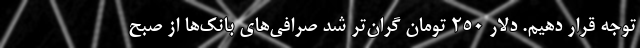
توجه قرار دهیم. دلار ۲۵۰ تومان گران‌تر شد صرافی‌های بانک‌ها از صبح